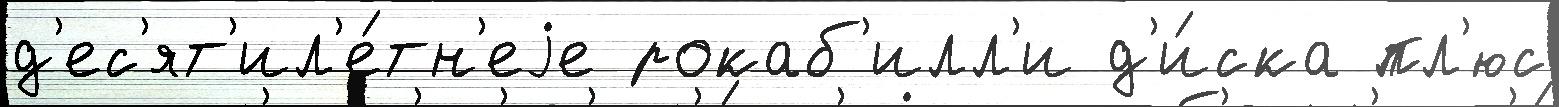
д'ес'ят'ил'е́тн'еjе рокаб'илл'и д'и́ска пл'юс